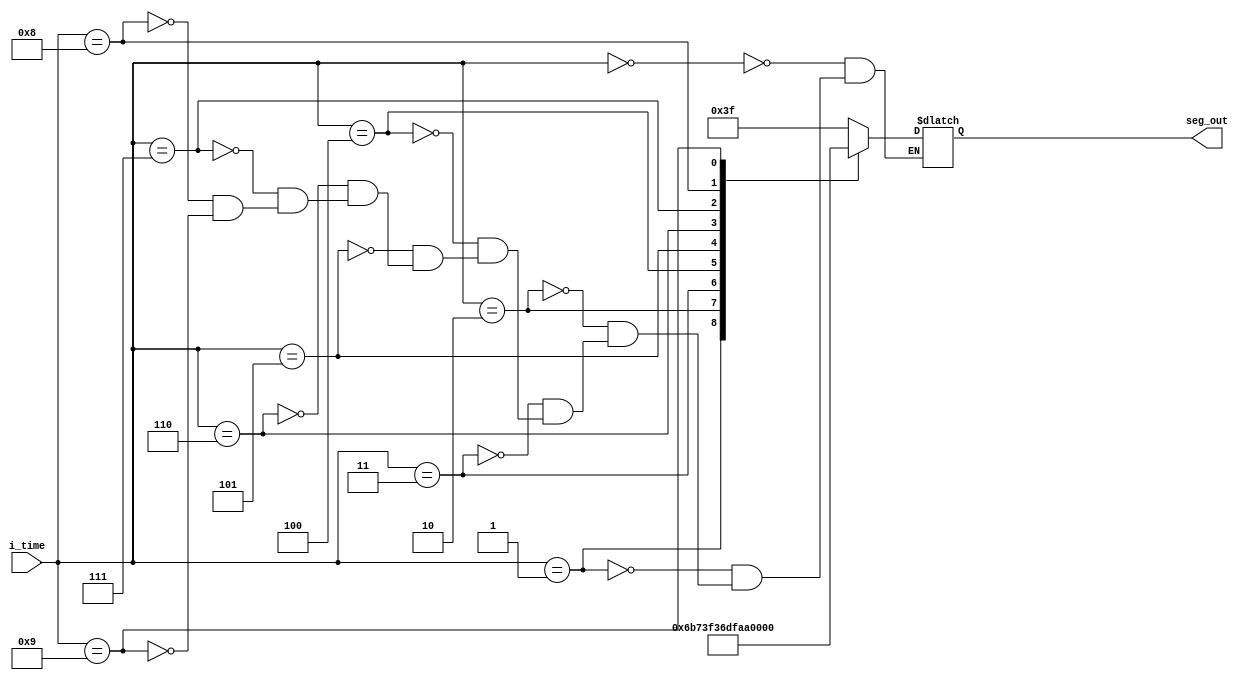
`timescale 1ns / 1ps

module time_display(
    input [3:0] i_time,
    output reg [6:0] seg_out
    );
    
    always@(*)
    begin
    case (i_time)
    4'b0000 : seg_out <= 7'b0111111; // 0 
    4'b0001 : seg_out <= 7'b0000110; // 1 
    4'b0010 : seg_out <= 7'b1011011; // 2 
    4'b0011 : seg_out <= 7'b1001111; // 3 
    4'b0100 : seg_out <= 7'b1100110; // 4 
    4'b0101 : seg_out <= 7'b1101101; // 5 
    4'b0110 : seg_out <= 7'b1111101; // 6 
    4'b0111 : seg_out <= 7'b0100111; // 7 
    4'b1000 : seg_out <= 7'b1111111; // 8 
    4'b1001 : seg_out <= 7'b1101111; // 9 
    endcase
    end
    
endmodule